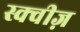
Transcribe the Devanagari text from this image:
स्क्वीज़